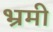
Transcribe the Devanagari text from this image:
भ्रमी